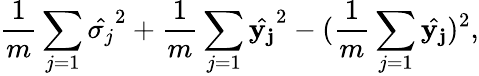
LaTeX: \frac{1}{m}\sum_{j=1}\hat{\sigma_{j}}^{2}+\frac{1}{m}\sum_{j=1}\hat{{\mathbf{y_{j}}}}^{2}-(\frac{1}{m}\sum_{j=1}\hat{{\mathbf{y_{j}}}})^{2},